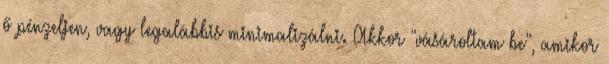
ő pénzeljen, vagy legalábbis minimalizálni. Akkor "vásároltam be", amikor